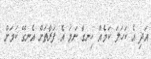
އަދި އެ ކަހަލަ ކަމެއް ހިނގާ ނަމަ އެ ފަރާތަށް އެނގޭ ކަމަށް